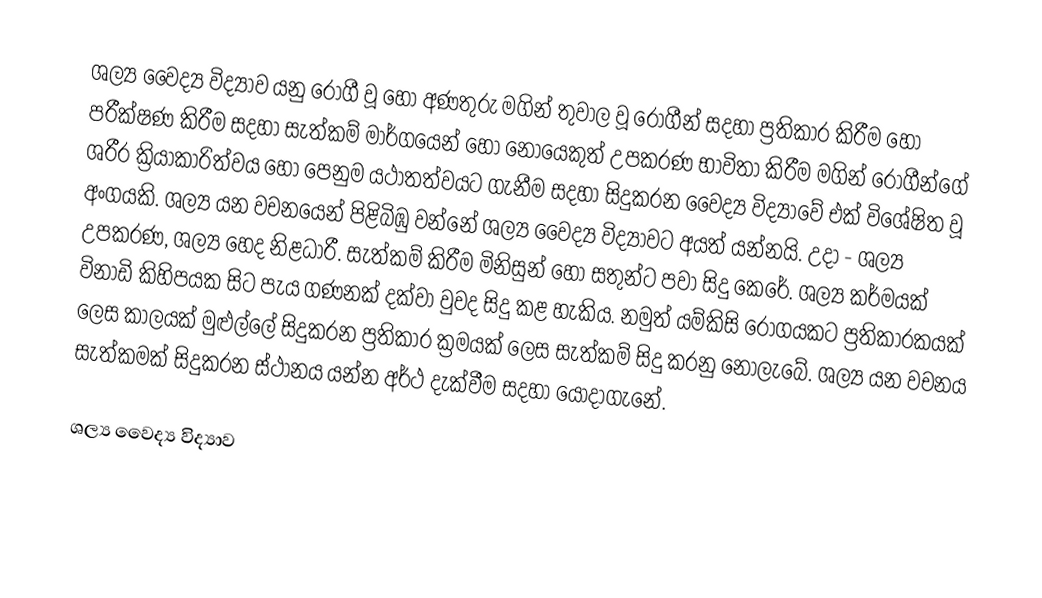
ශල්‍ය වෛද්‍ය විද්‍යාව යනු රෝගී වූ හෝ අණතුරු මගින් තුවාල වූ රෝගීන් සදහා ප්‍රතිකාර කිරීම හෝ පරීක්ෂණ කිරීම සදහා සැත්කම් මාර්ගයෙන් හෝ නොයෙකුත් උපකරණ භාවිතා කිරීම මගින් රෝගීන්ගේ ශරීර ක්‍රියාකාරිත්වය හෝ  පෙනුම යථාතත්වයට  ගැනීම සදහා සිදුකරන වෛද්‍ය විද්‍යාවේ එක් විශේෂිත වූ අංගයකි. ශල්‍ය යන වචනයෙන් පිළිබිඹු වන්නේ ශල්‍ය වෛද්‍ය විද්‍යාවට අයත් යන්නයි. උදා - ශල්‍ය උපකරණ, ශල්‍ය හෙද නිළධාරී. සැත්කම් කිරීම මිනිසුන් හෝ සතුන්ට පවා සිදු කෙරේ. ශල්‍ය කර්මයක් විනාඩි කිහිපයක සිට පැය ගණනක් දක්වා වුවද සිදු කළ හැකිය.  නමුත් යම්කිසි  රෝගයකට ප්‍රතිකාරකයක් ලෙස කාලයක් මුළුල්ලේ සිදුකරන ප්‍රතිකාර ක්‍රමයක් ලෙස සැත්කම් සිදු කරනු නොලැබේ. ශල්‍ය යන වචනය සැත්කමක් සිදුකරන ස්ථානය යන්න අර්ථ දැක්වීම සදහා යොදාගැනේ.

ශල්‍ය වෛද්‍ය විද්‍යාව